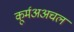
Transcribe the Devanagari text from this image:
कूर्मअअचल